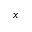
x